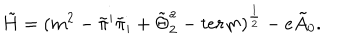
\tilde { H } = ( m ^ { 2 } - \tilde { \pi } ^ { i } \tilde { \pi } _ { i } + \tilde { \Theta } _ { 2 } ^ { a } - t e r m ) ^ { { \frac { 1 } { 2 } } } - e \tilde { A } _ { 0 } .